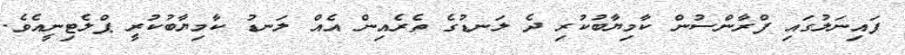
ފައިނަލުގައި ފްރާންސުން ކާމިޔާބުކުރި ދެ ލަނޑުގެ ތެރެއިން އެއް ލަނޑު ކާމިޔާބުކުރީ ޕްލެޓިނީއެވެ.